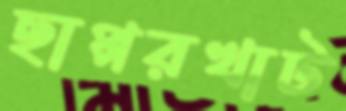
ছাপ্পরখাট